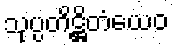
သုပ္ပတိဋ္ဌိတံယေဝ